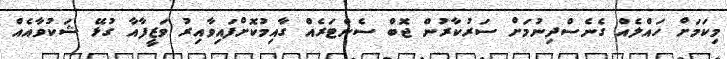
މިކަމަށް ހައްލެއް ގެނެސްދިނުމަށް ސަރުކާރުން ޖޮބް ސެންޓަރެއް ގާއިމުކޮށްފައިވާއިރު ވަޒީފާއާ ގުޅޭ ޝަކުވާއެއް